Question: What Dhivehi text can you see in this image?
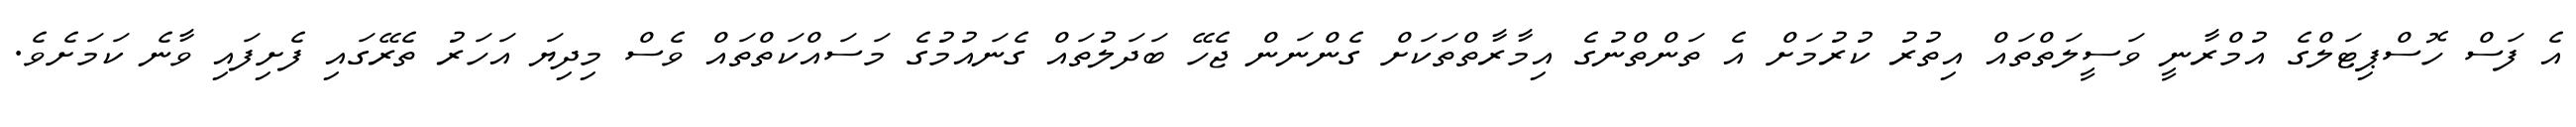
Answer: އެ ފަސް ހޮސްޕިޓަލްގެ އުމްރާނީ ވަސީލަތްތައް އިތުރު ކުރުމަށް އެ ތަންތްނުގެ އިމާރާތްތަކަށް ގެންނަން ޖެހޭ ބަދަލުތައް ގެނައުމުގެ މަސައްކަތްތައް ވެސް މިދިޔަ އަހަރު ތެރޭގައި ފެށިފައި ވާނެ ކަމަށެވެ.